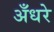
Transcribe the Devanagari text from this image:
अँधरे